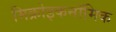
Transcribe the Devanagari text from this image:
मिक्रोइकनॉमिक